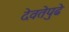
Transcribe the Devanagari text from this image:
देवतेपुढे